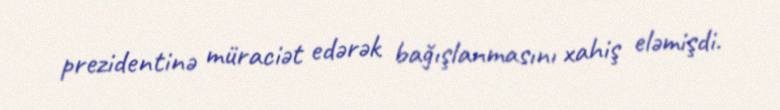
prezidentinə müraciət edərək bağışlanmasını xahiş eləmişdi.